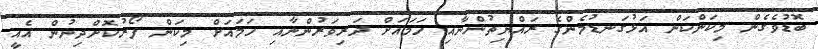
ބޮޑުވެގެން މިކަންކަން އަޅުގަނޑުމެންގެ ރައްޔިތުންނާއި ހަމައަށް ދަރިވަރުންނާއި ހަމައަށް މިކަން ފޯރުކޮށްދިނުން އެއީ